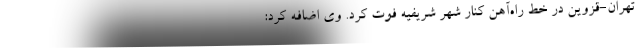
تهران-قزوین در خط راه‌آهن کنار شهر شریفیه فوت کرد. وی اضافه کرد:‌